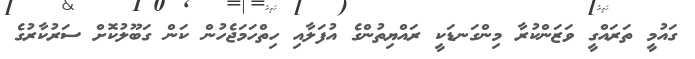
ގައުމީ ތަރައްގީ ވަޒަންކުރާ މިންގަނޑަކީ ރައްޔިތުންގެ އުފަލާއި ހިތްހަމަޖެހުން ކަން ގަބޫލުކޮށް ސަރުކާރުގެ